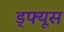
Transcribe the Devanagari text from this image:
ड्फ्यूस